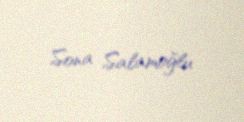
Sona Salamoğlu